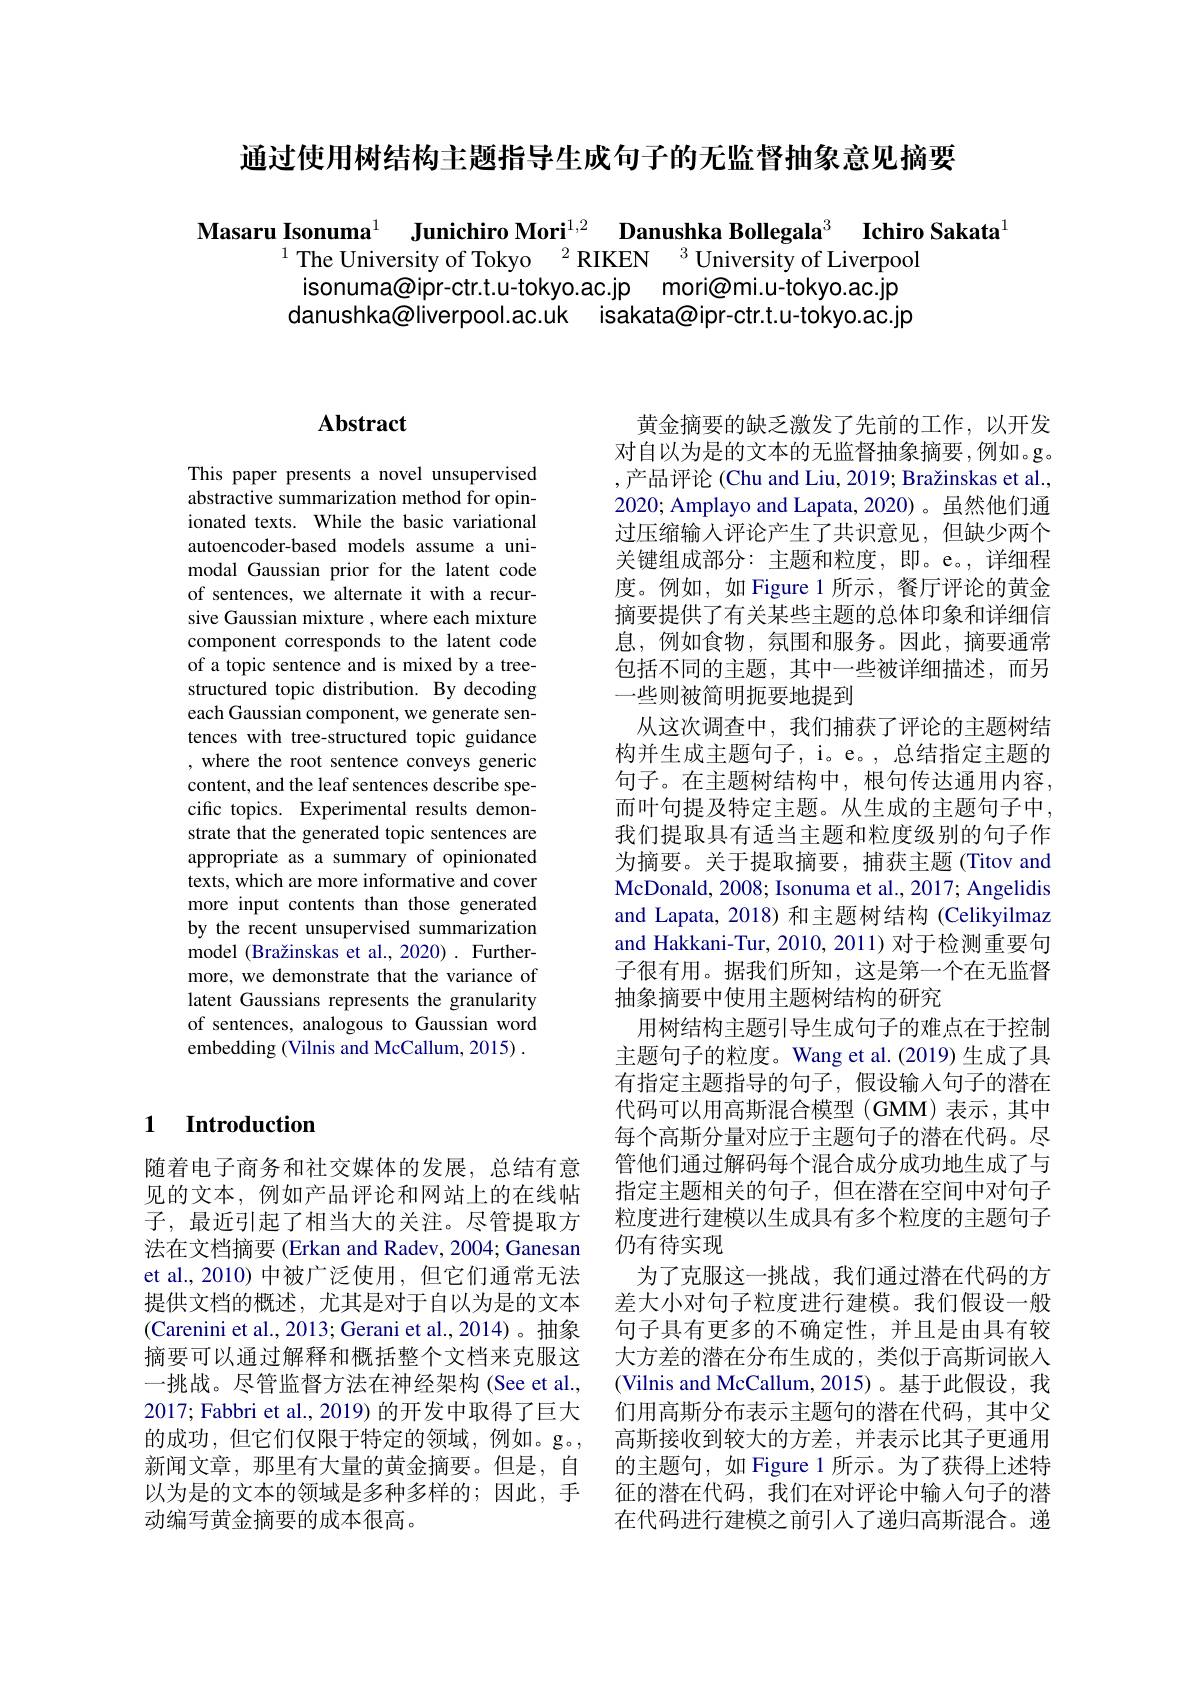
通过使用树结构主题指导生成句子的无监督抽象意见摘要

Masaru Isonuma$^{1}$ Junichiro Mori$^{1,2}$ Danushka Bollegala$^{3}$ Ichiro Sakata$^{1}$
$^{1}$ The University of Tokyo$\:^2$RIKEN$\:^3$University of Liverpool
isonuma@ipr-ctr.t.u-tokyo.ac.jp mori@mi.u-tokyo.ac.jp danushka@liverpool.ac.uk isakata@ipr-ctr.t.u-tokyo.ac.jp

## 1 Introduction

随着电子商务和社交媒体的发展，总结有意见的文本，例如产品评论和网站上的在线帖子，最近引起了相当大的关注。尽管提取方法在文档摘要 (Erkan and Radev, 2004; Ganesan et al.,2010) 中被广泛使用，但它们通常无法提供文档的概述，尤其是对于自以为是的文本(Carenini et al., 2013; Gerani et al., 2014)。抽象摘要可以通过解释和概括整个文档来克服这一挑战。尽管监督方法在神经架构(See et al., 2017; Fabbri et al., 2019) 的开发中取得了巨大的成功，但它们仅限于特定的领域，例如。g。新闻文章，那里有大量的黄金摘要。但是，自以为是的文本的领域是多种多样的；因此，手动编写黄金摘要的成本很高。

## $\mathbf{Abstract}$

This paper presents a novel unsupervised abstractive summarization method for opinionated texts. While the basic variational autoencoder-based models assume a unimodal Gaussian prior for the latent code of sentences, we alternate it with a recursive Gaussian mixture , where each mixture component corresponds to the latent code of a topic sentence and is mixed by a treestructured topic distribution. By decoding each Gaussian component, we generate sentences with tree-structured topic guidance , where the root sentence conveys generic content, and the leaf sentences describe specific topics. Experimental results demonstrate that the generated topic sentences are appropriate as a summary of opinionated texts, which are more informative and cover more input contents than those generated by the recent unsupervised summarization model (Bražinskas et al., 2020) . Furthermore, we demonstrate that the variance of latent Gaussians represents the granularity of sentences, analogous to Gaussian word embedding (Vilnis and McCallum, 2015) .

黄金摘要的缺乏激发了先前的工作，以开发对自以为是的文本的无监督抽象摘要，例如。g。,产品评论 (Chu and Liu, 2019; Bražinskas et al., 2020; Amplayo and Lapata, 2020)。虽然他们通过压缩输入评论产生了共识意见，但缺少两个关键组成部分：主题和粒度，即。e。, 详细程度。例如，如 Figure 1 所示，餐厅评论的黄金摘要提供了有关某些主题的总体印象和详细信息，例如食物，氛围和服务。因此，摘要通常包括不同的主题，其中一些被详细描述，而另一些则被简明扼要地提到
从这次调查中，我们捕获了评论的主题树结构并生成主题句子，i。e。,总结指定主题的句子。在主题树结构中，根句传达通用内容， 而叶句提及特定主题。从生成的主题句子中， 我们提取具有适当主题和粒度级别的句子作为摘要。关于提取摘要，捕获主题(Titov and McDonald, 2008; Isonuma et al., 2017; Angelidis and Lapata, 2018) 和主题树结构 (Celikyilmaz and Hakkani-Tur, 2010, 2011) 对于检测重要句子很有用。据我们所知，这是第一个在无监督抽象摘要中使用主题树结构的研究
用树结构主题引导生成句子的难点在于控制主题句子的粒度。Wang et al.(2019) 生成了具有指定主题指导的句子，假设输入句子的潜在代码可以用高斯混合模型 (GMM) 表示 , 其中每个高斯分量对应于主题句子的潜在代码。尽管他们通过解码每个混合成分成功地生成了与指定主题相关的句子，但在潜在空间中对句子粒度进行建模以生成具有多个粒度的主题句子仍有待实现
为了克服这一挑战，我们通过潜在代码的方差大小对句子粒度进行建模。我们假设一般句子具有更多的不确定性，并且是由具有较大方差的潜在分布生成的，类似于高斯词嵌入(Vilnis and McCallum,2015)。基于此假设，我们用高斯分布表示主题句的潜在代码，其中父高斯接收到较大的方差，并表示比其子更通用的主题句，如 Figure 1 所示。为了获得上述特征的潜在代码，我们在对评论中输入句子的潜在代码进行建模之前引人了递归高斯混合。递